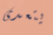
يتعدى